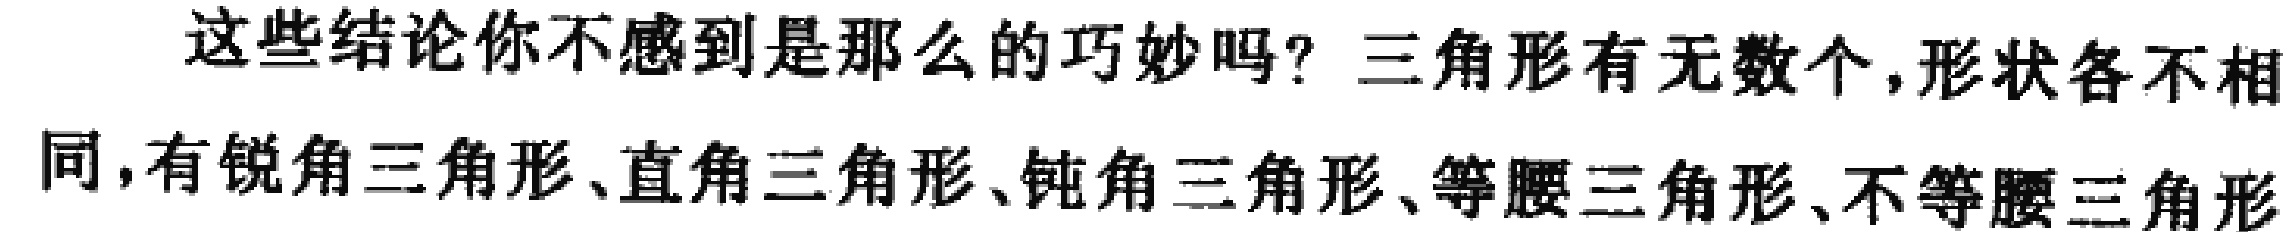
这些结论你不感到是那么的巧妙吗？三角形有无数个，形状各不相同，有锐角三角形、直角三角形、钝角三角形、等腰三角形、不等腰三角形